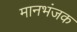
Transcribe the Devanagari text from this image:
मानभंजक